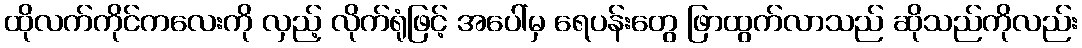
ထိုလက်ကိုင်ကလေးကို လှည့် လိုက်ရုံဖြင့် အပေါ်မှ ရေပန်းတွေ ဖြာထွက်လာသည် ဆိုသည်ကိုလည်း